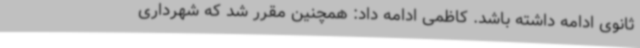
ثانوی ادامه داشته باشد. کاظمی ادامه داد: همچنین مقرر شد که شهرداری